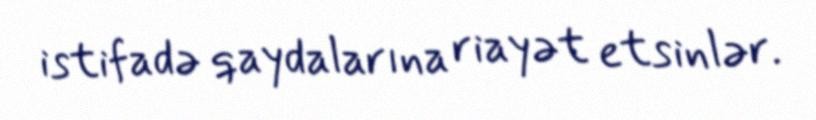
istifadə qaydalarına riayət etsinlər.